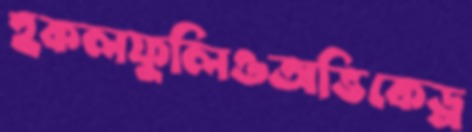
হকলফুলিওঅভিকেড্র